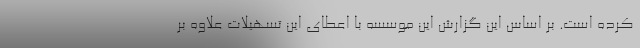
کرده است. بر اساس این گزارش این موسسه با اعطای این تسهیلات علاوه بر